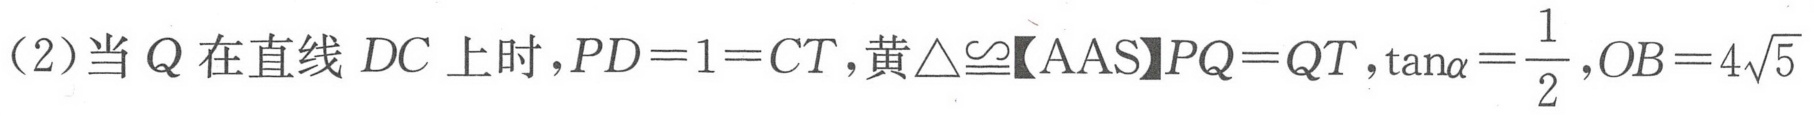
（2）当\(Q\)在直线\(DC\)上时，\(PD = 1 = CT\)，黄\(\triangle\cong\)【AAS】\(PQ = QT\)，\(\tan\alpha=\dfrac{1}{2}\)，\(OB = 4\sqrt{5}\)